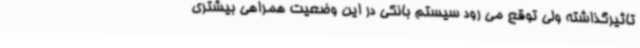
تاثیرگذاشته ولی توقع می رود سیستم بانکی در این وضعیت همراهی بیشتری